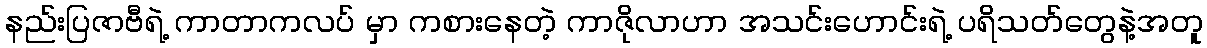
နည်းပြဇာဗီရဲ့ ကာတာကလပ် မှာ ကစားနေတဲ့ ကာဇိုလာဟာ အသင်းဟောင်းရဲ့ ပရိသတ်တွေနဲ့အတူ